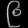
Digit: ၉